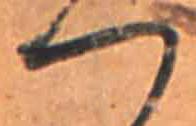
つ